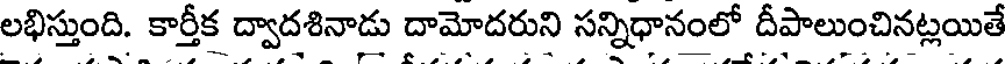
లభిస్తుంది. కార్తీక ద్వాదశినాడు దామోదరుని సన్నిధానంలో దీపాలుంచినట్లయితే